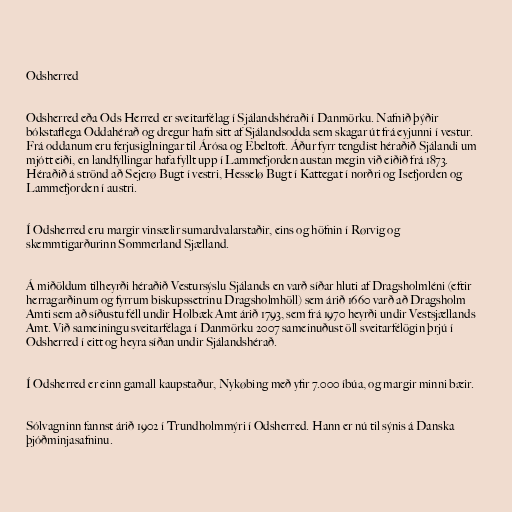
Odsherred

Odsherred eða Ods Herred er sveitarfélag í Sjálandshéraði í Danmörku. Nafnið þýðir
bókstaflega Oddahérað og dregur hafn sitt af Sjálandsodda sem skagar út frá eyjunni í vestur.
Frá oddanum eru ferjusiglningar til Árósa og Ebeltoft. Áður fyrr tengdist héraðið Sjálandi um
mjótt eiði, en landfyllingar hafa fyllt upp í Lammefjorden austan megin við eiðið frá 1873.
Héraðið á strönd að Sejerø Bugt í vestri, Hesselø Bugt í Kattegat í norðri og Isefjorden og
Lammefjorden í austri.

Í Odsherred eru margir vinsælir sumardvalarstaðir, eins og höfnin í Rørvig og
skemmtigarðurinn Sommerland Sjælland.

Á miðöldum tilheyrði héraðið Vestursýslu Sjálands en varð síðar hluti af Dragsholmléni (eftir
herragarðinum og fyrrum biskupssetrinu Dragsholmhöll) sem árið 1660 varð að Dragsholm
Amti sem að síðustu féll undir Holbæk Amt árið 1793, sem frá 1970 heyrði undir Vestsjællands
Amt. Við sameiningu sveitarfélaga í Danmörku 2007 sameinuðust öll sveitarfélögin þrjú í
Odsherred í eitt og heyra síðan undir Sjálandshérað.

Í Odsherred er einn gamall kaupstaður, Nykøbing með yfir 7.000 íbúa, og margir minni bæir.

Sólvagninn fannst árið 1902 í Trundholmmýri í Odsherred. Hann er nú til sýnis á Danska
þjóðminjasafninu.